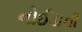
નોઈડાની